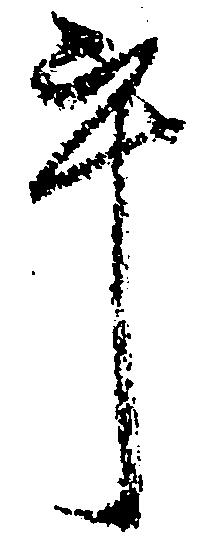
畢